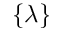
\{ \lambda \}